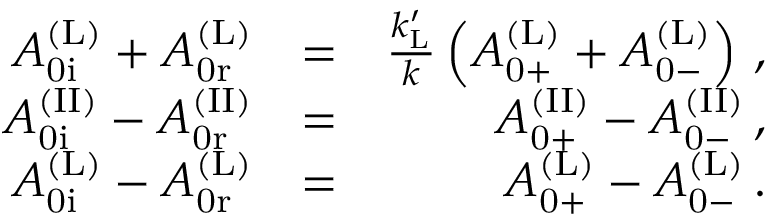
\begin{array} { r l r } { A _ { \mathrm { 0 i } } ^ { \mathrm { ( L ) } } + A _ { \mathrm { 0 r } } ^ { \mathrm { ( L ) } } } & { = } & { \frac { k _ { \mathrm { L } } ^ { \prime } } { k } \left( A _ { \mathrm { 0 + } } ^ { \mathrm { ( L ) } } + A _ { \mathrm { 0 - } } ^ { \mathrm { ( L ) } } \right) \, , } \\ { A _ { \mathrm { 0 i } } ^ { \mathrm { ( I I ) } } - A _ { \mathrm { 0 r } } ^ { \mathrm { ( I I ) } } } & { = } & { A _ { \mathrm { 0 + } } ^ { \mathrm { ( I I ) } } - A _ { \mathrm { 0 - } } ^ { \mathrm { ( I I ) } } \, , } \\ { A _ { \mathrm { 0 i } } ^ { \mathrm { ( L ) } } - A _ { \mathrm { 0 r } } ^ { \mathrm { ( L ) } } } & { = } & { A _ { \mathrm { 0 + } } ^ { \mathrm { ( L ) } } - A _ { \mathrm { 0 - } } ^ { \mathrm { ( L ) } } \, . } \end{array}